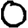
Digit: 0